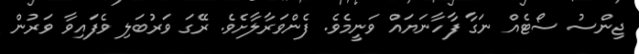
ޖިންސު ސޯޓެއް ނަގާ ފާހާނަޔައް ވަނީމެވެ. ފެންވަރާލާށެވެ. ރޭގަ ވަރުބަލި ވެފައިވާ ވަރުން